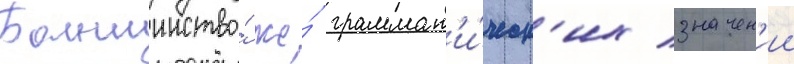
Большинство́ же́ граммат'и́ческ'их значен'ии